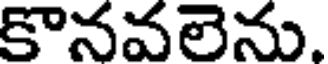
కొనవలెను.